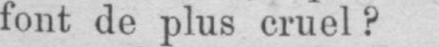
font de plus cruel?